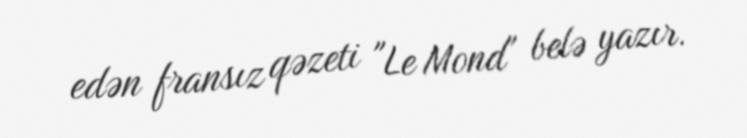
edən fransız qəzeti "Le Mond" belə yazır.